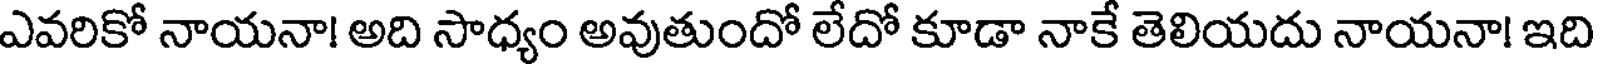
ఎవరికో నాయనా! అది సాధ్యం అవుతుందో లేదో కూడా నాకే తెలియదు నాయనా! ఇది